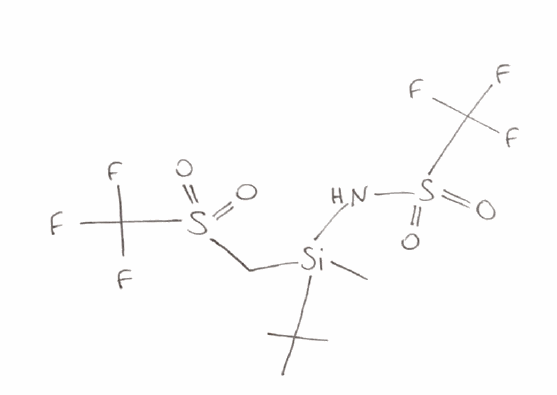
Simplified molecular-input line-entry system (SMILES) notation of the given molecule:
CC(C)(C)[Si](C)(CS(=O)(=O)C(F)(F)F)NS(=O)(=O)C(F)(F)F